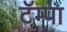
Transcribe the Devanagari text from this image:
टॅम्पा